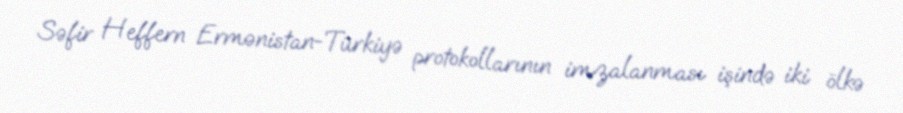
Səfir Heffern Ermənistan-Türkiyə protokollarının imzalanması işində iki ölkə